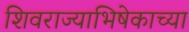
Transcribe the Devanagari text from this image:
शिवराज्याभिषेकाच्या